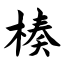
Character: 楱